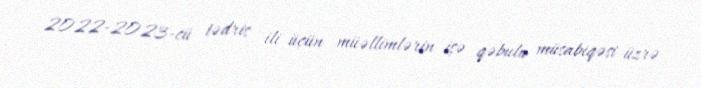
2022-2023-cü tədris ili üçün müəllimlərin işə qəbulu müsabiqəsi üzrə